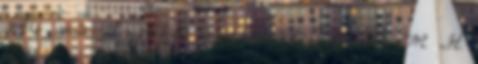
276 m2 Szobák 5 db Vételár 269 M Ft